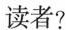
读者?